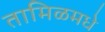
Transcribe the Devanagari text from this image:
तामिळमधे